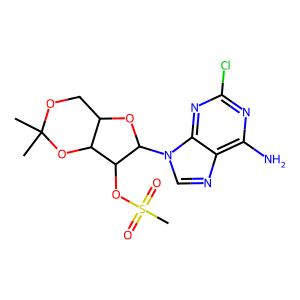
SMILES: CC1(C)OCC2OC(n3cnc4c(N)nc(Cl)nc43)C(OS(C)(=O)=O)C2O1
Inhibits HIV replication: No